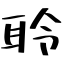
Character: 聆